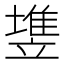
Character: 𰊵